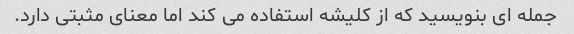
جمله ای بنویسید که از کلیشه استفاده می کند اما معنای مثبتی دارد.